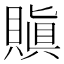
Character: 𧷒